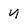
Character: U